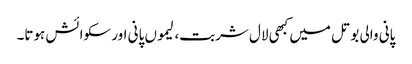
پانی والی بوتل میں کبھی لال شربت، لیموں پانی اور سکوائش ہوتا۔